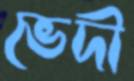
ভেদী